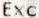
EXC